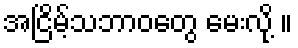
အငြိမ့်သဘာဝတွေ မေးလို့ ။